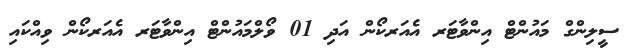
ސީލިންގް މައުންޓް އިންވާޓަރ އެއަރކޯން އަދި 01 ވޯލްމައުންޓް އިންވާޓަރ އެއަރކޯން ވިއްކައި